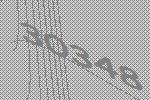
30348